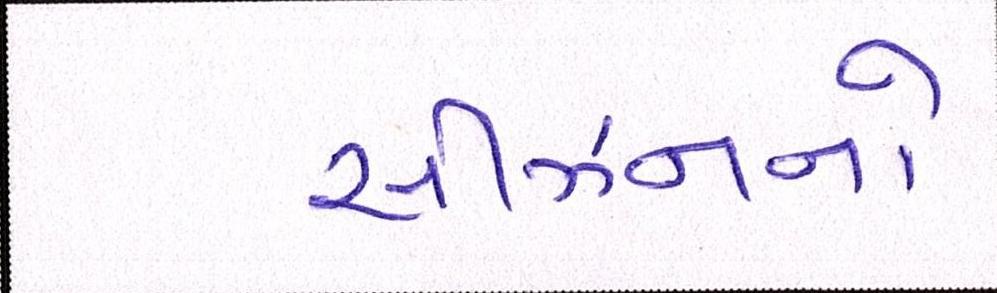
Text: સીઝનનો